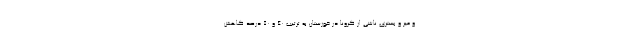
و میر و بستری‌ ناشی از کرونا در خوزستان به ترتیب ۴۰ و ۵۰ درصد کاهش